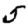
Digit: 5